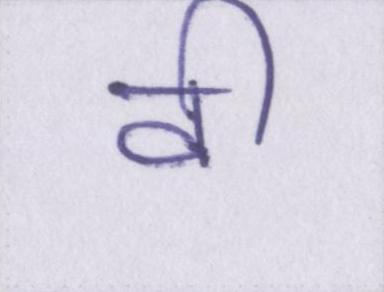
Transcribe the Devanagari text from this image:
वी